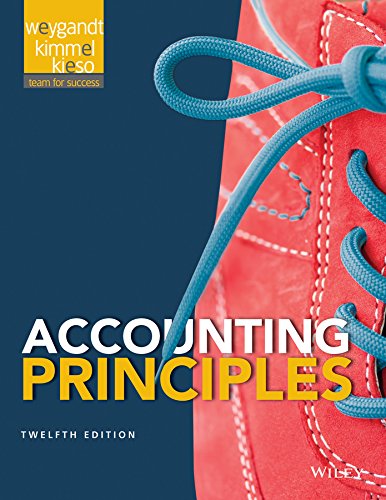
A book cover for Accounting Principles; Jerry J. Weygandt; Business & Money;